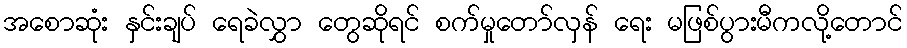
အစောဆုံး နှင်းချပ် ရေခဲလွှာ တွေဆိုရင် စက်မှုတော်လှန် ရေး မဖြစ်ပွားမီကလို့တောင်